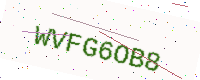
Text: WVFG6OB8